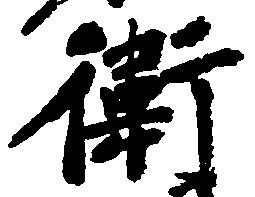
衛